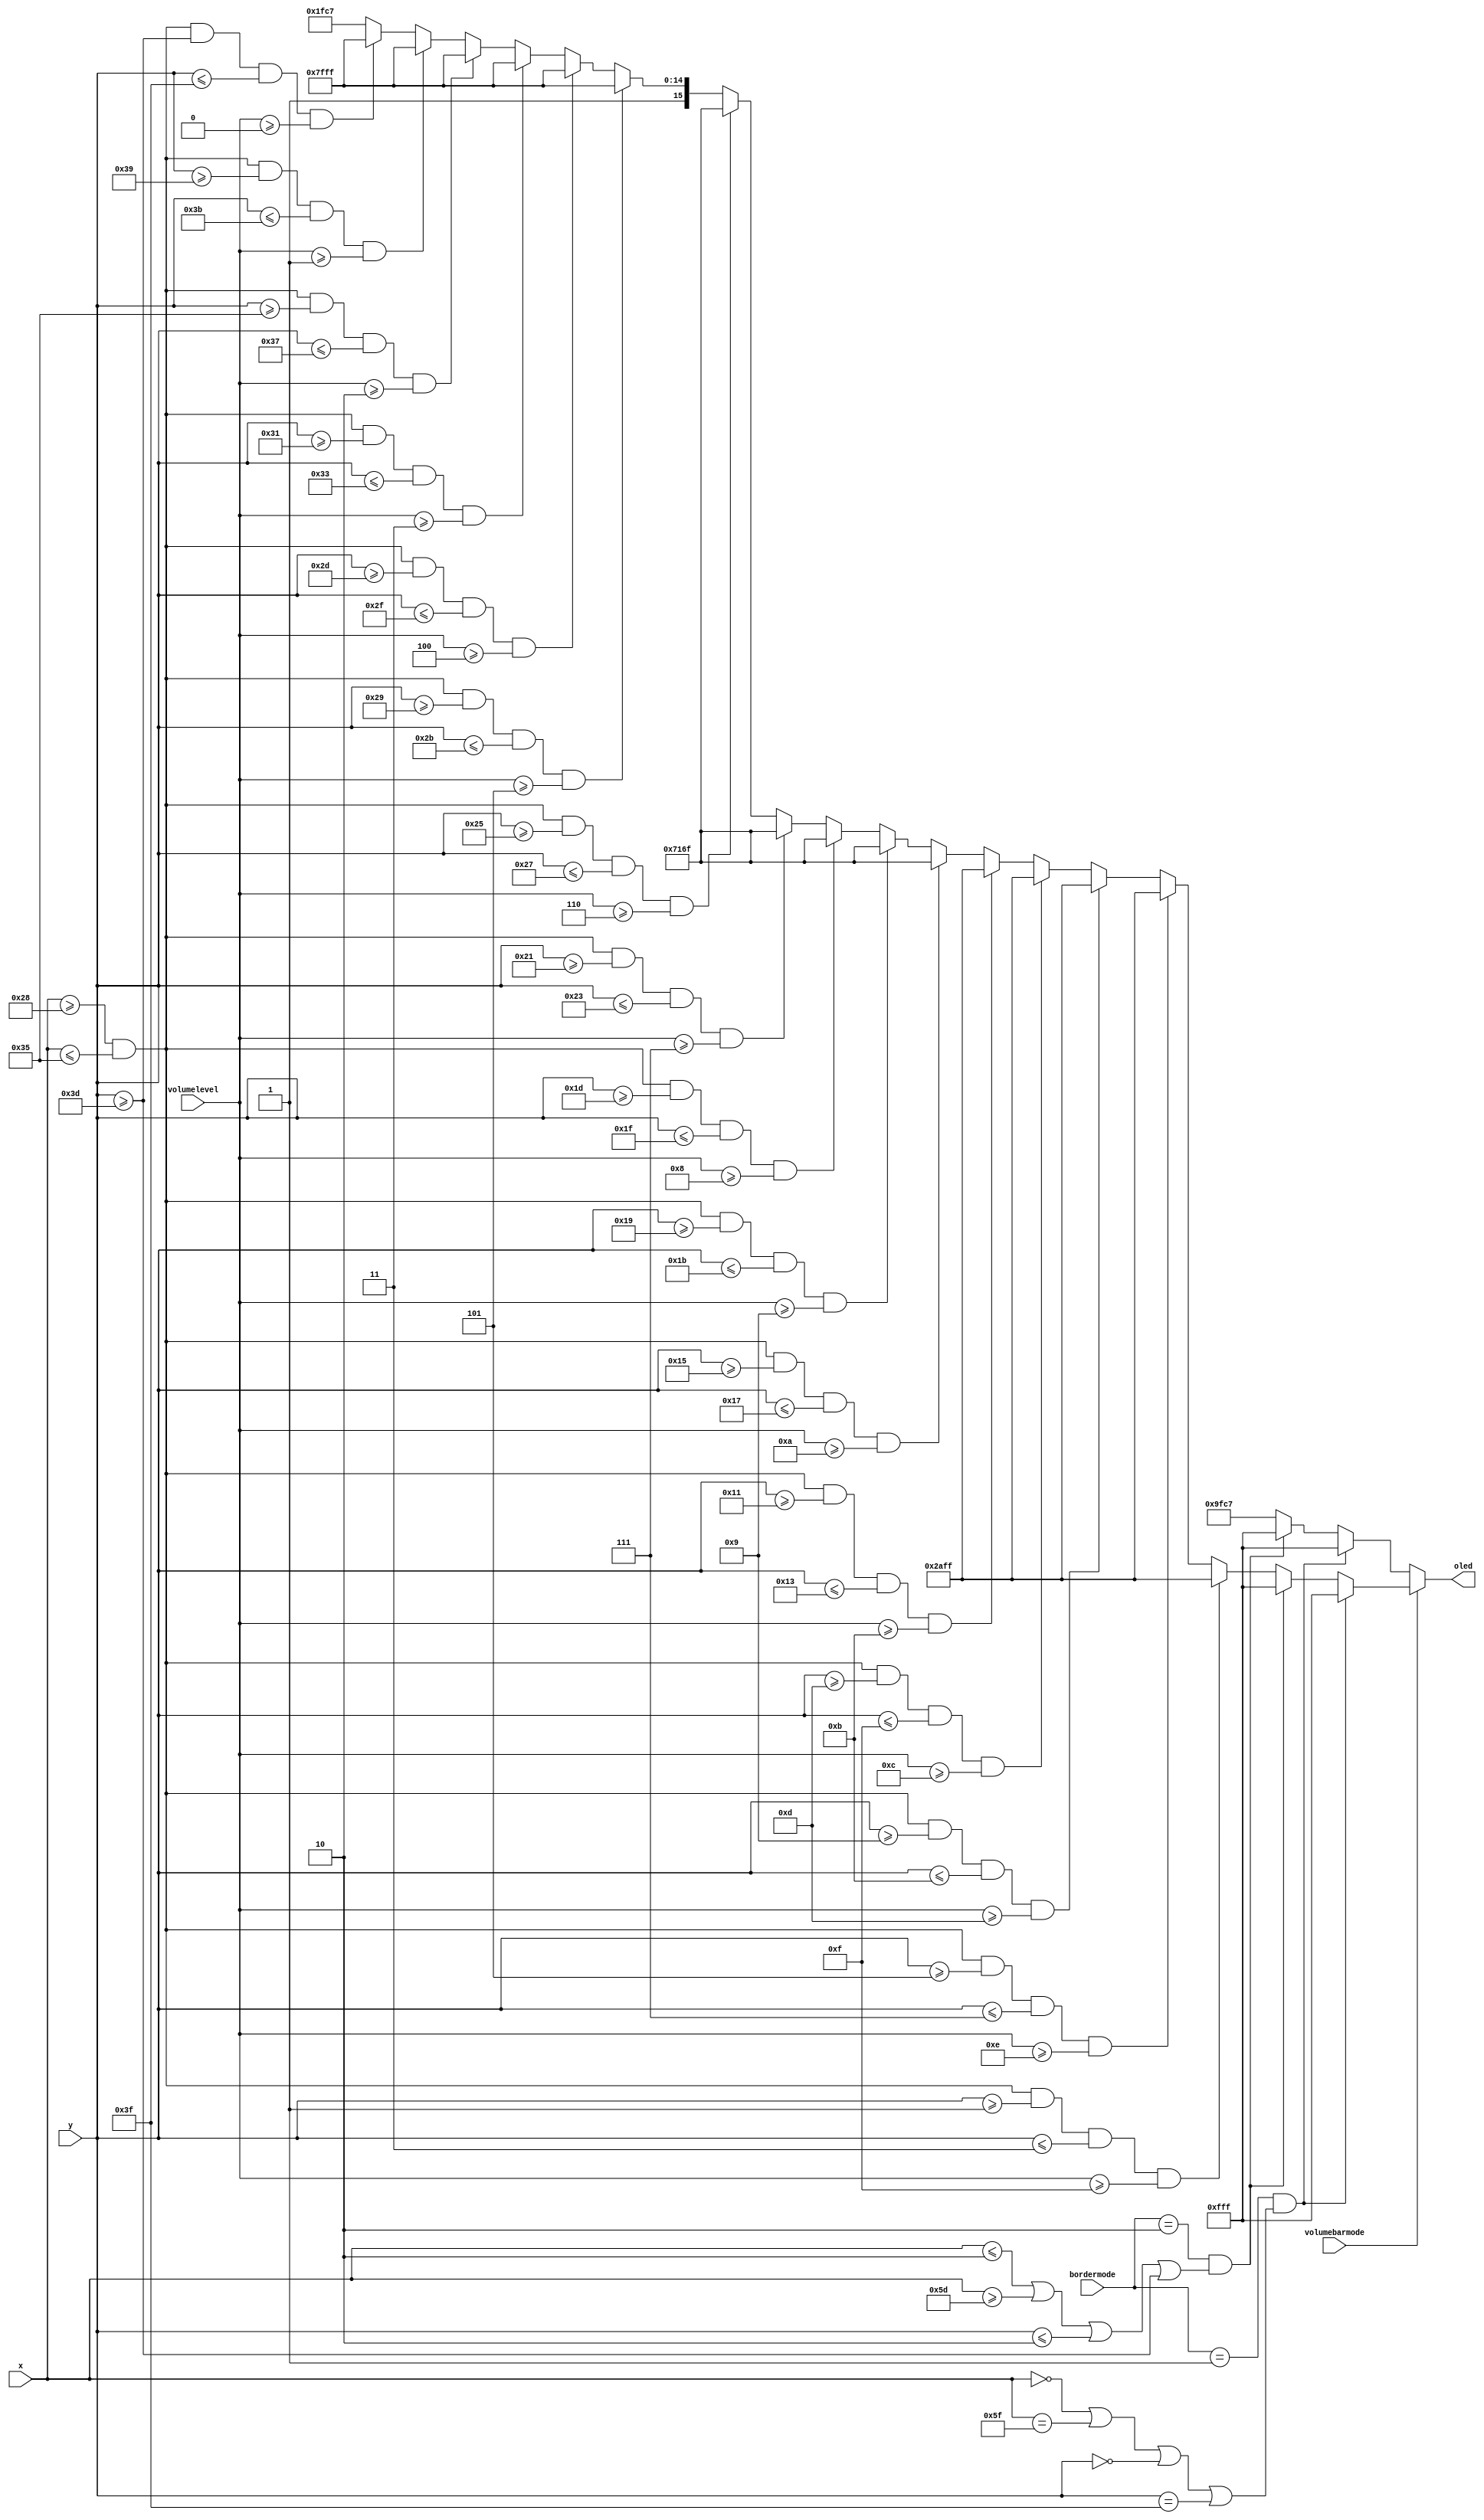
`timescale 1ns / 1ps

module volumebar2(
    input [1:0] bordermode,
    input volumebarmode,
    input[6:0] x,
    input[5:0]y,
    output reg [15:0] oled,
    input[3:0] volumelevel
    );
    
     parameter BORDER = 16'b0000111111111111, TOP = 16'b0010101011111111,
                 MID = 16'b0111000101101111, LOW =16'b1111111111111111,
                 BACK = 16'b1001111111000111;
    always @(*) begin 
         
        if (volumebarmode == 1) begin
         if (bordermode == 1 &&(x == 0 || x == 95 || y == 0 || y == 63) )begin
               oled = BORDER;
         end
         else if ( bordermode == 2 && ( x <= 2 || x >= 93 || y <= 2 || y >= 61)) begin
               oled = BORDER; 
         end                 
         else if (x >= 40  && x <= 53 && y >= 1 && y<=3 && volumelevel >= 15) begin// 16- highest vol
             oled = TOP; 
         end
         else if (x >= 40  && x <= 53 && y >= 5 && y<=7 && volumelevel >= 14) begin// 15
                     oled = TOP;
         end
         else if (x >= 40  && x <= 53 && y >= 9 && y<=11 && volumelevel >= 13) begin//14
                     oled = TOP;    
         end                                          
         else if (x >= 40  && x <= 53 && y >= 13 && y<=15 && volumelevel >= 12) begin//13
                     oled = TOP;    
         end                                          
         else if (x >= 40  && x <= 53 && y >= 17 && y<=19 && volumelevel >= 11) begin//12
                     oled = TOP;    
         end                                          
         else if (x >= 40  && x <= 53 && y >= 21 && y<=23 && volumelevel >= 10) begin//11
                     oled = MID;    
         end    
         else if (x >= 40  && x <= 53 && y >= 25 && y<=27 && volumelevel >= 9) begin//10
                     oled = MID;    
         end                                          
         else if (x >= 40  && x <= 53 && y >= 29 && y<=31 && volumelevel >= 8) begin//9
                     oled = MID;    
         end                                          
         else if (x >= 40  && x <= 53 && y >= 33 && y<=35 && volumelevel >= 7) begin//8
                     oled = MID;    
         end                                          
         else if (x >= 40  && x <= 53 && y >= 37 && y<=39 && volumelevel >= 6) begin//7
                     oled = MID;    
         end                                          
         else if (x >= 40  && x <= 53 && y >= 41 && y<=43 && volumelevel >= 5) begin//6
                     oled = LOW;    
         end                                          
         else if (x >= 40  && x <= 53 && y >= 45 && y<=47 && volumelevel >= 4) begin//5
                     oled = LOW;    
         end                                          
         else if (x >= 40  && x <= 53 && y >= 49 && y<=51 && volumelevel >= 3) begin//4
                     oled = LOW;    
         end                                          
         else if (x >= 40  && x <= 53 && y >= 53 && y<=55 && volumelevel >= 2) begin//3
                     oled = LOW;    
         end                                          
         else if (x >= 40  && x <= 53 && y >= 57 && y<=59 && volumelevel >= 1) begin//2
                     oled = LOW;    
         end                        
         else if (x >= 40  && x <= 53 && y >= 61 && y<=63 && volumelevel >= 0) begin//1
                              oled = LOW;       
         end         
         else begin 
             oled = BACK; // black this collides with border
         end                            
       end
       else begin // volume bar mode = 0
         if (bordermode == 1 &&(x == 0 || x == 95 || y == 0 || y == 63) )begin
               oled = BORDER;
         end
         else if ( bordermode == 2 && ( x <= 2 || x >= 93 || y <= 2 || y >= 61)) begin
               oled = BORDER; 
         end      
         else begin   // border = 0
               oled = BACK;
         end
       end   
     end
endmodule